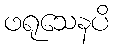
ဖရုသေနပိ